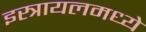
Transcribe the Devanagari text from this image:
इस्त्रायलमध्ये